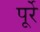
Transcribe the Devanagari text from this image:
पूर्रे